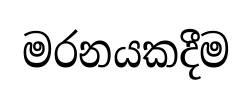
මරනයකදීම